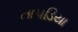
તાપડિયા